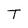
Character: T